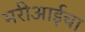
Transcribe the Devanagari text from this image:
मरीआईचा